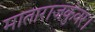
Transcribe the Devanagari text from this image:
माताराजकुंवर।